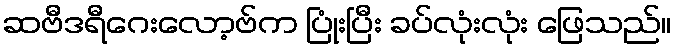
ဆဗီဒရီဂေးလော့ဗ်က ပြုံးပြီး ခပ်လုံးလုံး ဖြေသည်။